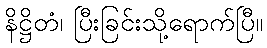
နိဋ္ဌိတံ၊ ပြီးခြင်းသို့ရောက်ပြီ။